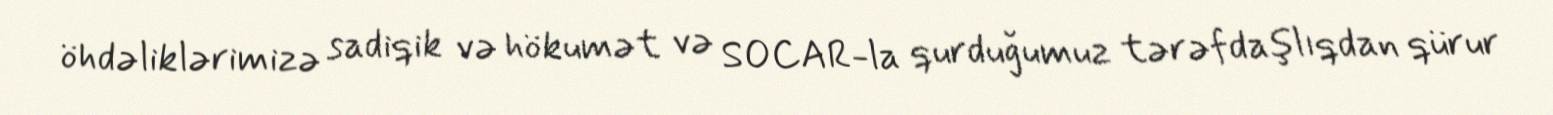
öhdəliklərimizə sadiqik və hökumət və SOCAR-la qurduğumuz tərəfdaşlıqdan qürur